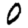
Digit: 0